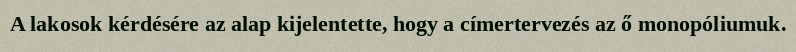
A lakosok kérdésére az alap kijelentette, hogy a címertervezés az ő monopóliumuk.